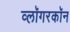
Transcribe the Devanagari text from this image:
व्लॉगरकॉन